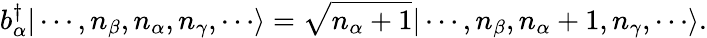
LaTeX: b_{\alpha}^{\dagger}|\cdots,n_{\beta},n_{\alpha},n_{\gamma},\cdots\rangle={\sqrt{n_{\alpha}+1}}|\cdots,n_{\beta},n_{\alpha}+1,n_{\gamma},\cdots\rangle.